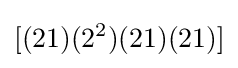
[(21)(2^{2})(21)(21)]